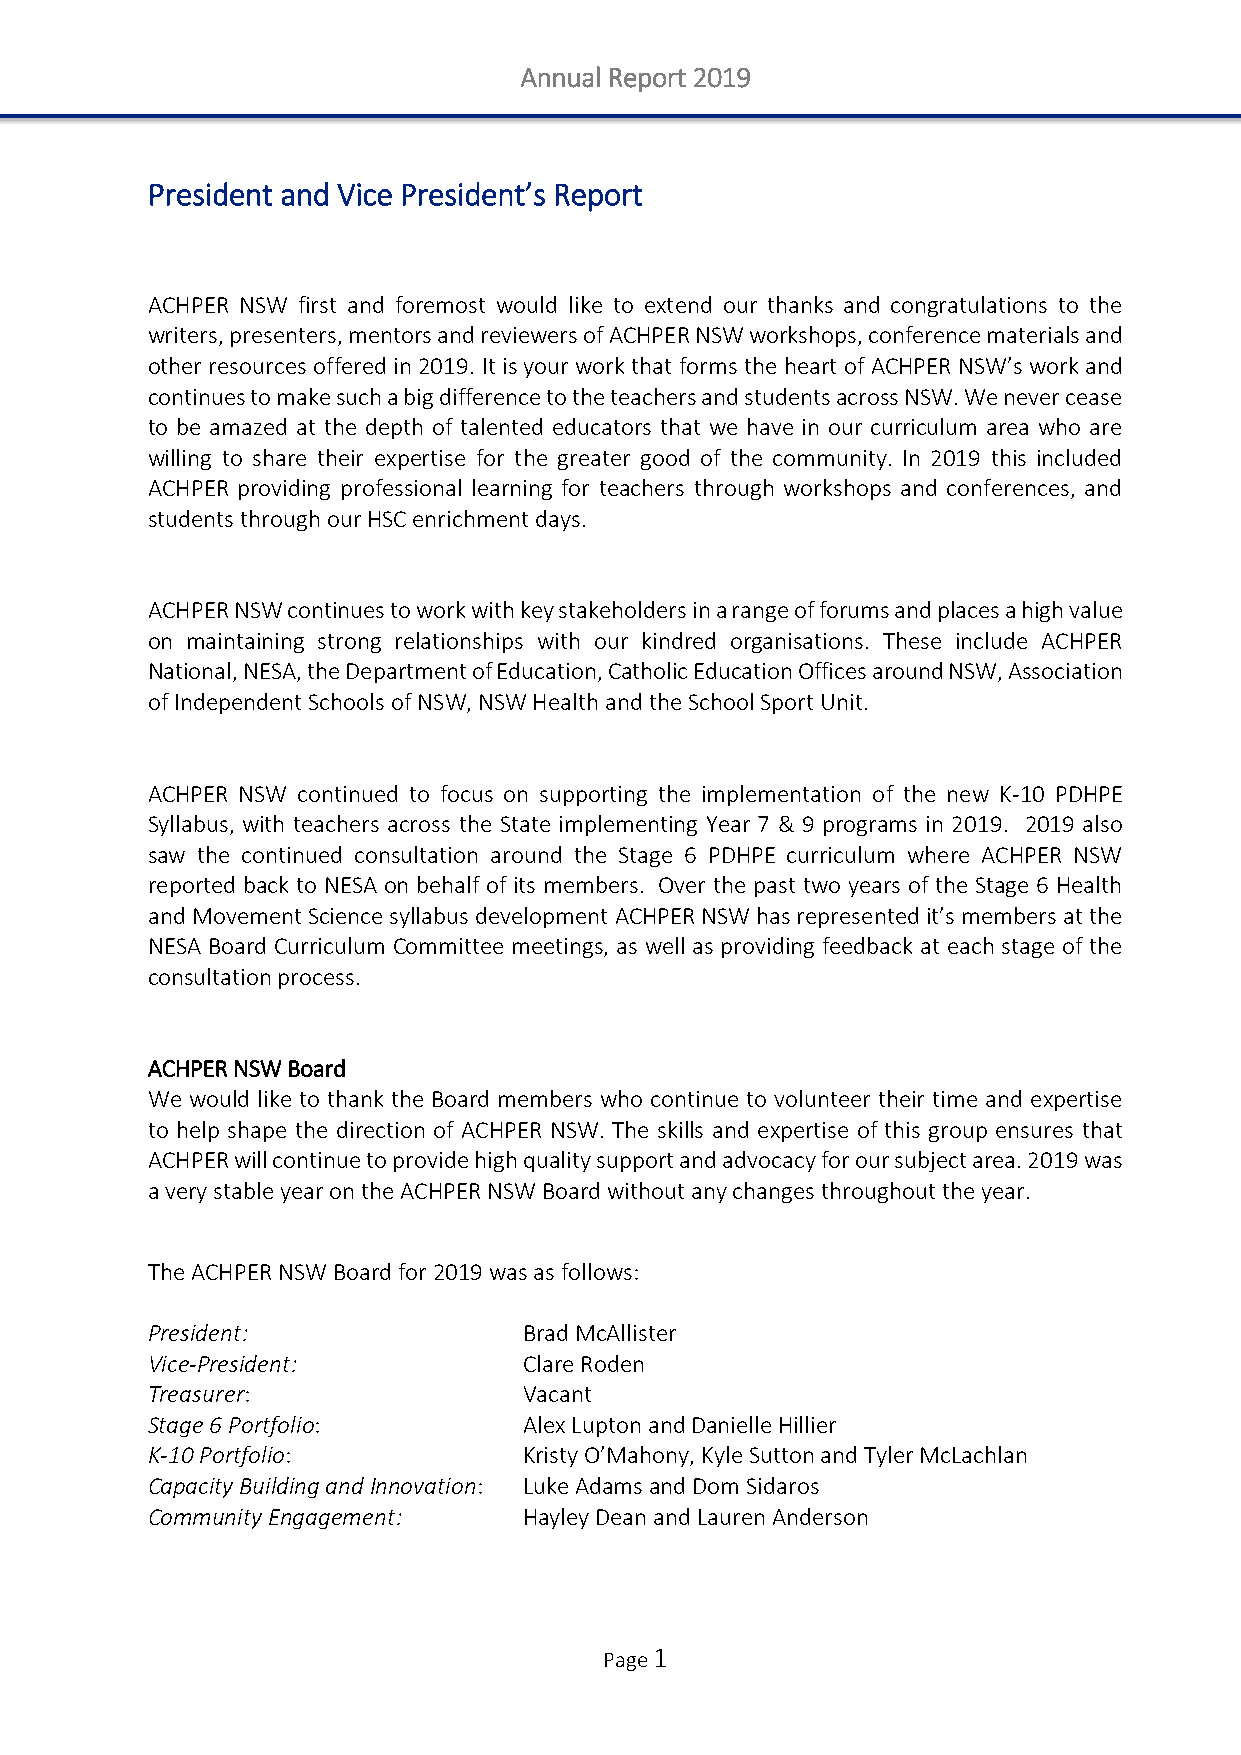
Annual Report 2019
 President and Vice President’s Report
 ACHPER NSW first and foremost would like to extend our thanks and congratulations to the
 writers, presenters, mentors and reviewers of ACHPER NSW workshops, conference materials and
 other resources offered in 2019. It is your work that forms the heart of ACHPER NSW’s work and
 continues to make such a big difference to the teachers and students across NSW. We never cease
 to be amazed at the depth of talented educators that we have in our curriculum area who are
 willing to share their expertise for the greater good of the community. In 2019 this included
 ACHPER providing professional learning for teachers through workshops and conferences, and
 students through our HSC enrichment days.
 ACHPER NSW continues to work with key stakeholders in a range of forums and places a high value
 on maintaining strong relationships with our kindred organisations. These include ACHPER
 National, NESA, the Department of Education, Catholic Education Offices around NSW, Association
 of Independent Schools of NSW, NSW Health and the School Sport Unit.
 ACHPER NSW continued to focus on supporting the implementation of the new K-10 PDHPE
 Syllabus, with teachers across the State implementing Year 7 & 9 programs in 2019. 2019 also
 saw the continued consultation around the Stage 6 PDHPE curriculum where ACHPER NSW
 reported back to NESA on behalf of its members. Over the past two years of the Stage 6 Health
 and Movement Science syllabus development ACHPER NSW has represented it’s members at the
 NESA Board Curriculum Committee meetings, as well as providing feedback at each stage of the
 consultation process.
 ACHPER NSW Board
 We would like to thank the Board members who continue to volunteer their time and expertise
 to help shape the direction of ACHPER NSW. The skills and expertise of this group ensures that
 ACHPER will continue to provide high quality support and advocacy for our subject area. 2019 was
 a very stable year on the ACHPER NSW Board without any changes throughout the year.
 The ACHPER NSW Board for 2019 was as follows:
 President:               Brad McAllister
 Vice-President:          Clare Roden
 Treasurer:               Vacant
 Stage 6 Portfolio:       Alex Lupton and Danielle Hillier
 K-10 Portfolio:          Kristy O’Mahony, Kyle Sutton and Tyler McLachlan
 Capacity Building and Innovation: Luke Adams and Dom Sidaros
 Community Engagement:    Hayley Dean and Lauren Anderson
 Page 1